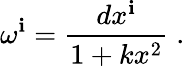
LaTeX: \omega^{\mathbf{i}}=\frac{{dx^{\mathbf{i}}}}{{1+kx^{2}}}\; .